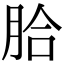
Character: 䏩